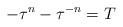
LaTeX: \begin{align*}-\tau^n-\tau^{-n}=T\end{align*}